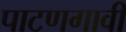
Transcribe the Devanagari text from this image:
पाटणगावी